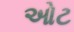
ઓટ